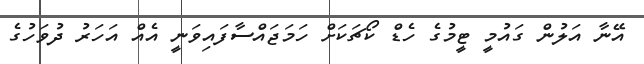
އޭނާ އަލުން ގައުމީ ޓީމުގެ ހެޑް ކޯޗަކަށް ހަމަޖައްސާފައިވަނީ އެއް އަހަރު ދުވަހުގެ